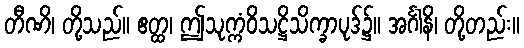
တီဏိ၊ တို့သည်။ ဧတ္ထ၊ ဤသုက္ကံဝိသဋ္ဌိသိက္ခာပုဒ်၌။ အင်္ဂါနိ၊ တို့တည်း။